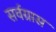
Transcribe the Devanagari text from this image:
सर्वग्रास